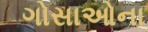
ગોસાઓના